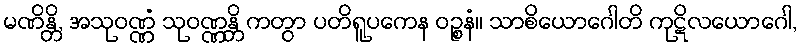
မဏိန္တိ, အသုဝဏ္ဏံ သုဝဏ္ဏန္တိ ကတွာ ပတိရူပကေန ဝဉ္စနံ။ သာစိယောဂေါတိ ကုဋိလယောဂေါ,